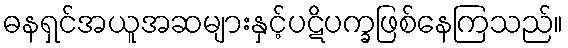
ဓနရှင်အယူအဆများနှင့်ပဋိပက္ခဖြစ်နေကြသည်။